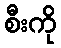
စီးကို